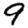
Digit: 9